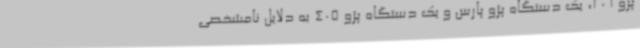
پژو 206، یک دستگاه پژو پارس و یک دستگاه پژو 405 به دلایل نامشخصی